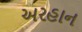
અરહાન